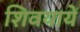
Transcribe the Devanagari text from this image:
शिवयायें